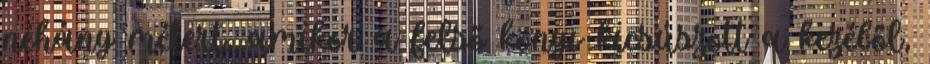
néhány métert, amikor a felső könyv kicsúszott a kezéből,